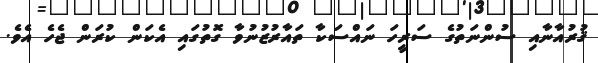
ޤުރުއާނާއި ސުންނަތުގެ ސަރީހަ ނައްސަކާ ތައާރުޒުނުވާ ގޮތުގައި އެކަން ކުރަން ޖެހެ އެވެ.